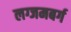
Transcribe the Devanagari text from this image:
लग्जमबर्ग